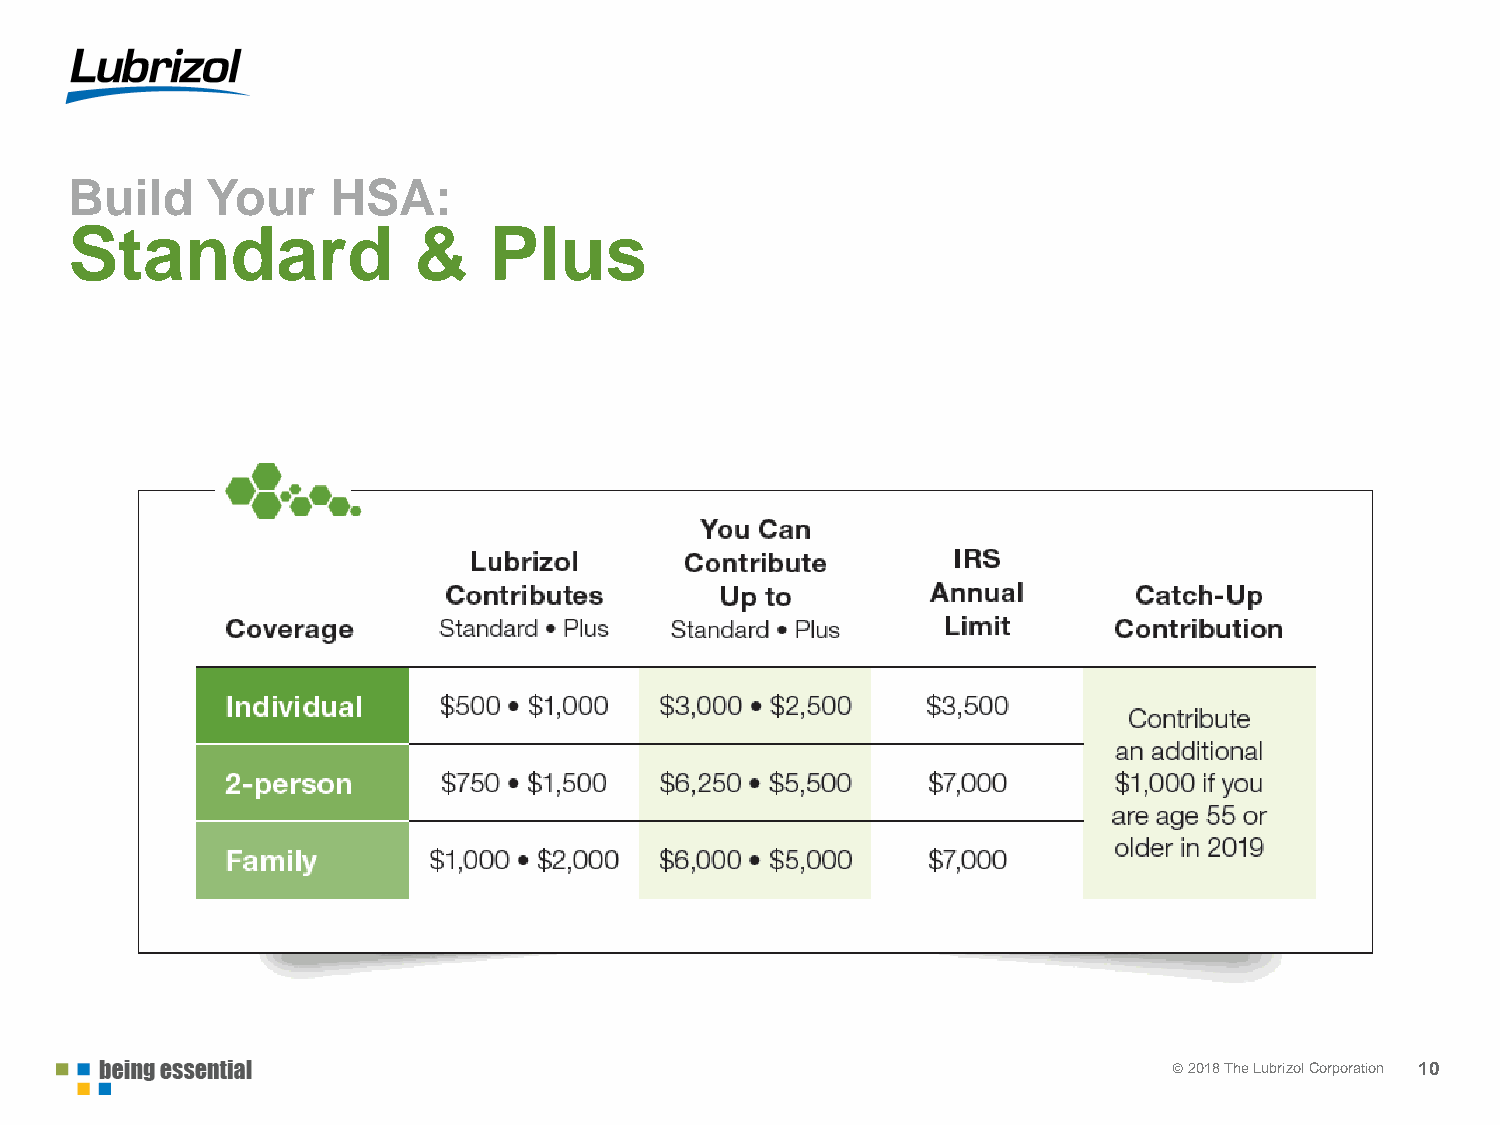
Build    Your    HSA:
 Standard              &    Plus
 © 22001178 TThhee LLuubbrrizizool lC Coorprpoorartaiotinon 10